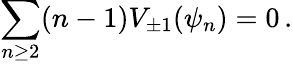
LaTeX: \sum_{n\geq 2}(n-1)V_{\pm 1}(\psi_{n})=0\, .